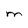
Character: M